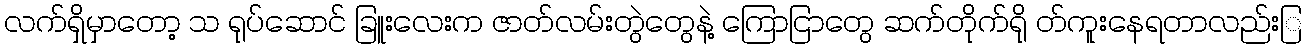
လက်ရှိမှာတော့ သ ရုပ်ဆောင် ခြူးလေးက ဇာတ်လမ်းတွဲတွေနဲ့ ကြောငြာတွေ ဆက်တိုက်ရို တ်ကူးနေရတာလည်းြ